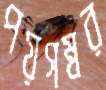
পয়গম্বর